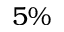
5 \%